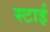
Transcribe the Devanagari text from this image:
स्टाई